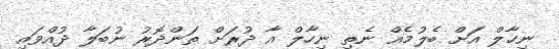
ނިހާލް އަށް ބެލުމެއް ނެތި ނިހާލް އާ ދުރަށް ތަންދޮރު ނުބަލާ ދުއްވައި